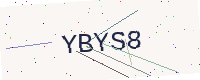
Text: YBYS8